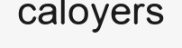
caloyers